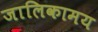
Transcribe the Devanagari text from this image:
जालिकामय